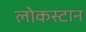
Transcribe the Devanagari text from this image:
लोकस्टान